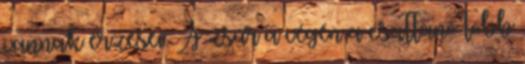
vannak érzései. A zsúr a végén a csattanó több